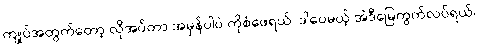
ကျုပ်အတွက်တော့ လိုအပ်တာ အမှန်ပါပဲ ကိုစံဖေရယ်၊ ဒါပေမယ့် အဲဒီမြေကွက်လပ်ရယ်၊